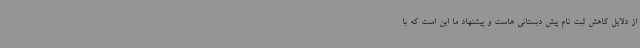
از دلایل کاهش ثبت نام پیش دبستانی هاست و پیشنهاد ما این است که با